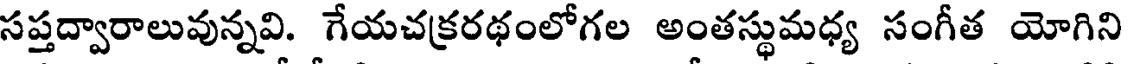
సప్తద్వారాలువున్నవి. గేయచక్రరథంలోగల అంతస్థుమధ్య సంగీత యోగిని